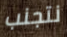
نتجنب